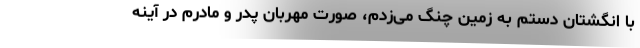
با انگشتان دستم به زمین چنگ می‌زدم، صورت مهربان پدر و مادرم در آینه